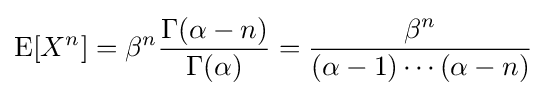
\mathrm {E} [X^{n}]=\beta ^{n}{\frac {\Gamma (\alpha -n)}{\Gamma (\alpha )}}={\frac {\beta ^{n}}{(\alpha -1)\cdots (\alpha -n)}}